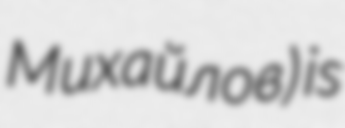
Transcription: Михайлов) is